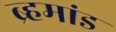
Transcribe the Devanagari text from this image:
ब्र्हमांड